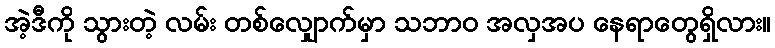
အဲ့ဒီကို သွားတဲ့ လမ်း တစ်လျှောက်မှာ သဘာဝ အလှအပ နေရာတွေရှိလား။